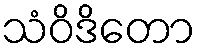
သံဝိဒိတော